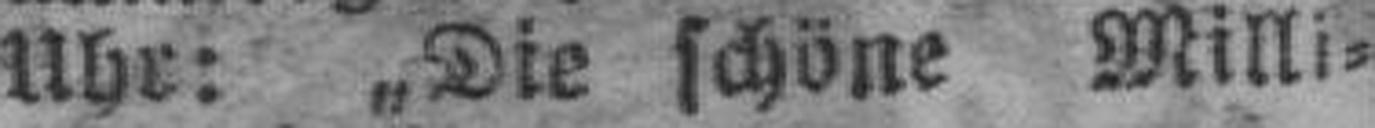
Uhr: „Die schöne Milli¬